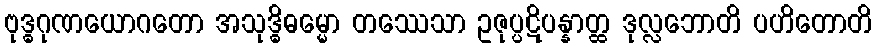
ဗုဒ္ဓဂုဏယောဂတော အသုဒ္ဓိဓမ္မော တဿေသာ ဥဇုပ္ပဋိပန္နာတ္ထ ဒုလ္လဘောတိ ပဟိတောတိ